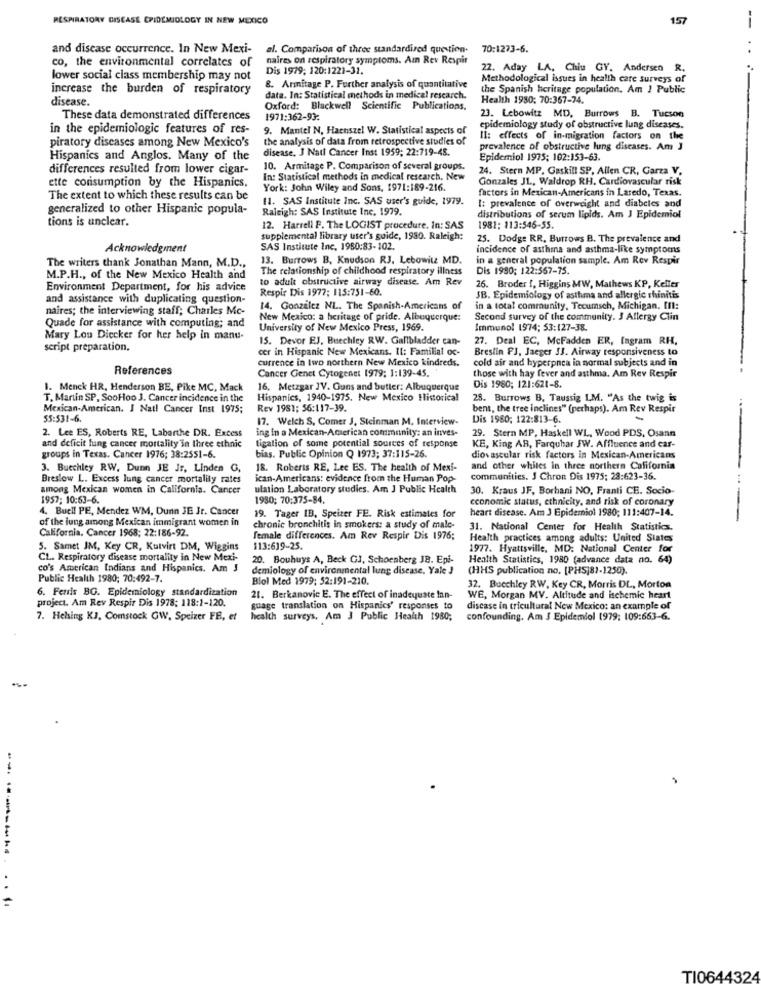
RESPIRATORY DISEASE EPIDEMIOLOGY IN NEW MEXICO
157
--
and disease occurrence. In New Mexi-
al. Comparison of three standardized question.
70:1273-6.
co, the environmental correlates of
naires on respiratory symptoms. Az Rev Respir
Dis 1979; 120:1221-31.
22. Aday LA, Chiu GY. Andersen R.
lower social class membership may not
Methodological issues in health care surveys of
increase the burden of respiratory
8. Armitage P. Further analysis of quantitative
the Spanish heritage population. Am ! Public
disease.
data. In: Statistical methods in medical research.
Health 1980; 70:367-74.
Oxford: Blackwell Scientific Publications.
These data demonstrated differences
1971:362-93:
23. Lebowitz MD, Burrows B. Tucson
in the epidemiologic features of res-
9. Mantel N, Haenszel W. Statistical aspects of
epidemiology study of obstructive lung diseases.
piratory diseases among New Mexico's
the analysis of data from retrospective studies of
Il: effects of in-migration factors on the
disease, J Natl Cancer Inst 1959; 22:719-48.
prevalence of obstructive lung diseases. Am J
Hispanics and Anglos. Many of the
Epidemiol 1975; 102:153-63.
differences resulted from lower cigar-
10. Armitage P. Comparison of several groups.
24. Stern MP, Gaskill SP, Allen CR, Garza V.
ette consumption by the Hispanics.
In: Statistical methods in medical research, New
Gonzales J1 ., Waldrop RH. Cardiovascular risk
York: John Wiley and Sons, 1971:189-216.
factors in Mexican-Americans in Laredo, Texas.
The extent to which these results can be
11. SAS Institute Inc. SAS user's guide, 1979.
I: prevalence of overweight and diabetes and
generalized to other Hispanic popula-
Raleigh: SAS Institute Inc. 1979.
tions is unclear.
distributions of serum lipids. Am J Epidemiol
12. Harrell F. The LOGIST procedure. In: SAS
1981: 113:546-55.
supplemental library user's guide, 1930. Raleigh:
25. Dodge RR, Burrows B. The prevalence and
Acknowledgment
SAS Institute Inc, 1950:83-102.
incidence of asthma and asthma-like symptoms
The writers thank Jonathan Mann, M.D .,
13. Burrows B, Knudson RJ, Lebowitz MD.
in a general population sample. Am Rev Respir
The relationship of childhood respiratory illness
Dis 1990; 122:567-75.
M.P.H ., of the New Mexico Health and
to adult obstructive airway disease. Am Rev
Environment Department, for his advice
Respir Dis 1977: 115:751-60.
26. Broder {, Higgins &W, Mathews KP, Keller
and assistance with duplicating question-
SB. Epidemiology of asthma and allergic rhinitis
naires; the interviewing staff; Charles Mc-
14. Gonzalez NL. The Spanish-Americans of
in a total community, Tecumseh, Michigan. Ill:
New Mexico: a heritage of pride. Albuquerque:
Second survey of the community. 3 Allergy Clin
Quade for assistance with computing; and
University of New Mexico Press, 1969.
Immunol 1974; 53:127-38.
Mary Lou Diecker for her help in manu-
15. Devor EJ. Buechley RW. Gallbladder can-
27. Deal EC, McFadden ER, fagram RH.
script preparation,
cer in Hispanic New Mexicans, Il: Familial oc-
Breslin PJ, Jaeger 33. Airway responsiveness to
currence in two northern New Mexico kindreds.
cold air and hyperpnea in normal subjects and in
References
Cancer Genet Cytogenet 1979: 1:139-45.
those with hay fever and asthma. Am Rev Respir
1. Menck HR, Henderson BE, Pike MC, Mack
16, Metzgar JV. Guns and butter: Albuquerque
Dis 1980; 121:621-8.
T. Martin SP, SooHoo J. Cancer incidence in the
Hispanics, 1940-1975. New Mexico Historical
28. Burrows B. Taussig LM. "As the twig is
Mexican-American. I Nat! Cancer Inst 1975;
Rev 1981: 56:117-39.
bent, the tree inclines" (perhaps). Am Rev Respir
55:531-6.
17. Welch S, Comer J, Steinman M. Interview-
Dis 1980; 122:813-6.
2. Lee ES, Roberts RE, Labarthe DR. Excess
ing in a Mexican-American community: an inves-
29. Stern MP, Haskell WL, Wood PDS, Osann
and deficit lung cancer mortality in three ethnic
tigation of some potential sources of response
KE, King AB, Farquhar JW. Affluence and car-
groups in Texas. Cancer 1976; 38:2551-6.
bias. Public Opinion Q 1973; 37:115-26.
diovascular risk factors in Mexican-Americans
3. Buechley RW, Dunn JE Js, Linden G,
18. Roberts RE, Lee ES. The health of Mexi-
and other whites in three northern California
Breslow L. Excess lung cancer mortality rates
ican-Americans: evidence from the Human Pop-
communities. J Chron Dis 1975; 28:623-36.
among Mexican women in California. Cancer
ulation Laboratory studies. Am J Public Health
30. Kraus JF, Borhani NO, Franti CE. Socio-
1957; 10:63-6.
1980; 70:375-84.
economic status, ethnicity, and risk of coronary
----
4. Buell PE, Mendez WM, Dunn JE Jr. Cancer
19. Tager IB, Speizer FE. Risk estimates for
heart disease. Am J Epidemiol 1980; 111:407-14.
of the jung among Mexican immigrant women in
California. Cancer 1968; 22:186-92.
chronic bronchitis in smokers: a study of male-
31. National Cemer for Health Statistics.
female differences. Am Rev Respir Dis 1976;
Health practices among adults: United States
5. Samet JM, Key CR, Kulvirt DM, Wiggins
$13:619-25.
1977. Hyattsville, MD: National Center for
CL. Respiratory disease mortality in New Mexi-
20. Bouhuys A, Beck GJ, Schoenberg JB. Epi-
Health Statistics, 1980 (advance data no. 64)
co's American Indians and Hispanics. Am J
demiology of environmental lung disease, Yale J
(HHS publication no, [PHS]8)-1250).
Public Health 1980; 70:492-7.
Blol Med 1979: 52:191-210.
6. Ferris BG. Epidemiology standardization
32. Bucchley RW, Key CR, Morris DL, Morton
project. Am Rev Respir Dis 1978; 118:1-120.
21. Berkanovic E. The effect of inadequate Inn-
WE, Morgan MV. Altitude and ischemic heart
guage translation on Hispanics' responses to
disease in tricultural New Mexico: an example of
7. Helsing KJ. Comstock GW, Speizer FE, et
health surveys. Am J Public Health 1980;
confounding. Am $ Epidemiol 1979; 109:663-6.
--
TI0644324